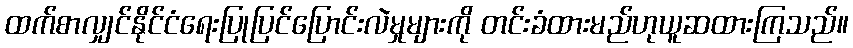
ထက်စာလျှင်နိုင်ငံရေးပြုပြင်ပြောင်းလဲမှုများကို တင်းခံထားမည်ဟုယူဆထားကြသည်။